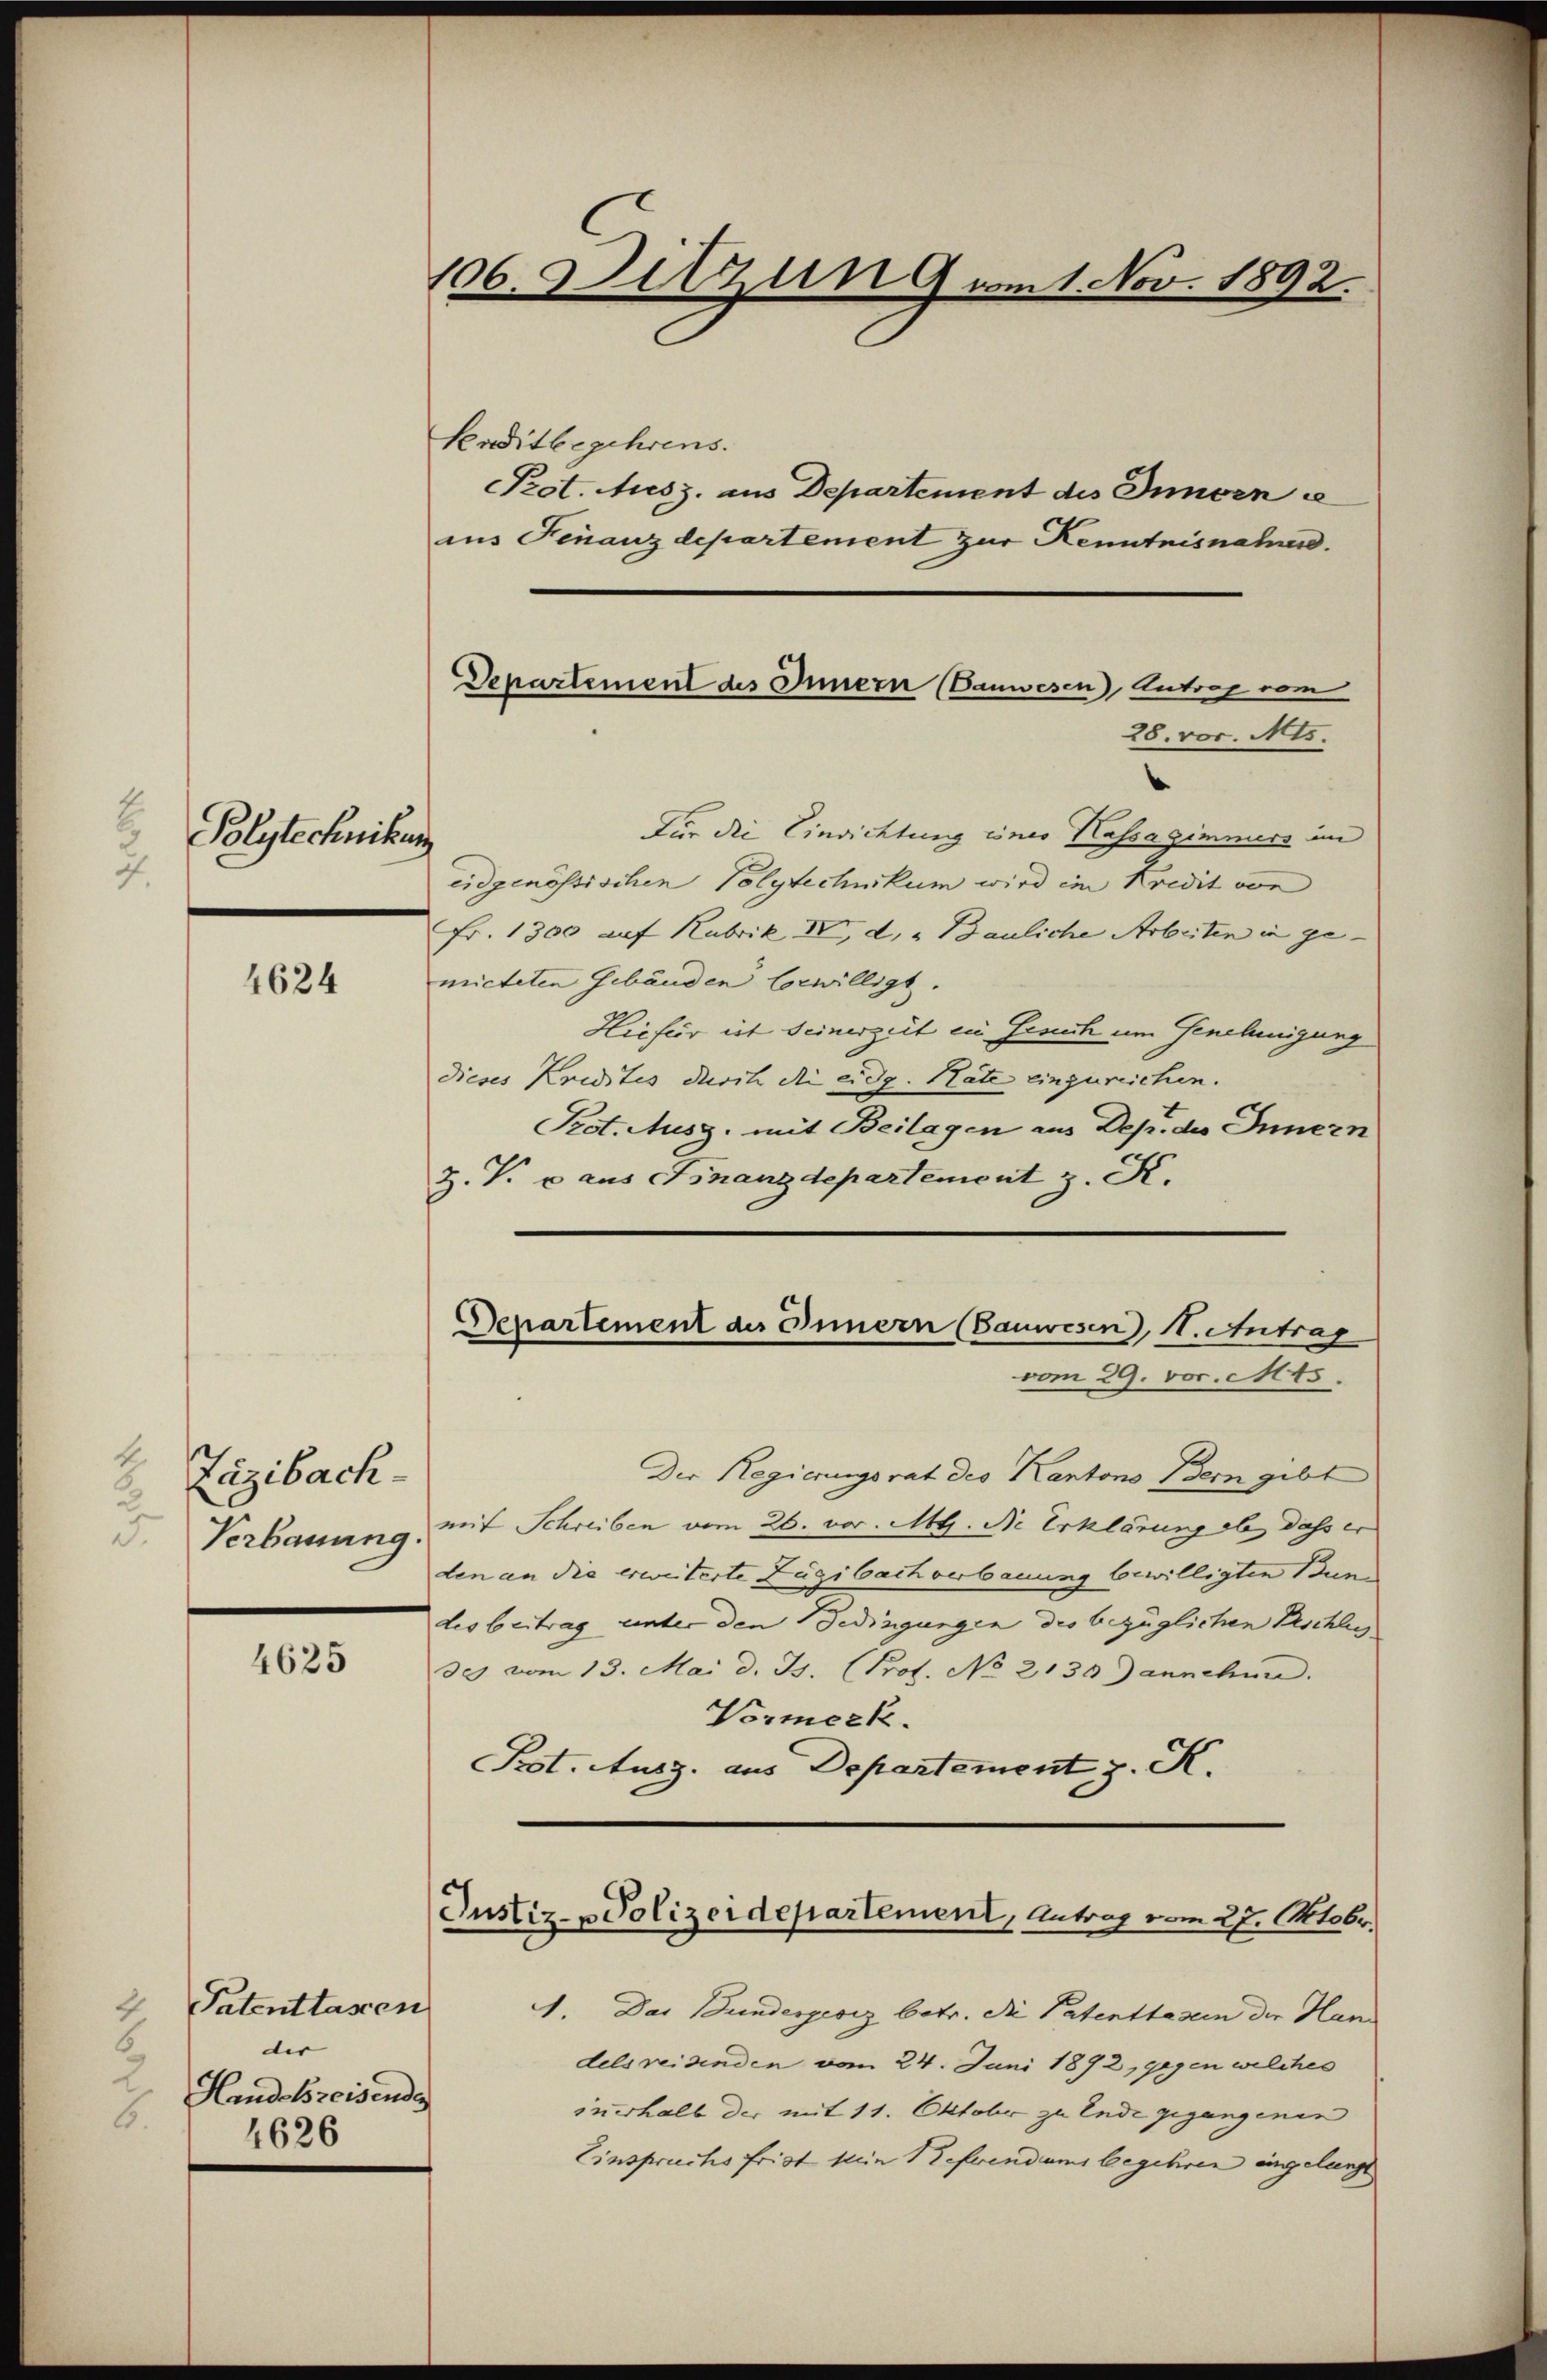
.
Polytechnikung
4.

4624

4.
Läzibach-
2
.
Verbauung

4625

Patentlassen
2.
6
dir
d
Handelsreisende
6.
4626

106. Sitzun 9 am 1. Nov. 1892.

Departement des Innern Bauwesen Antrag vom
28. vor. Mts.

Knditbegehrens.
PProt. Ausz. aus Departement des Innern a
ius Finanzdepartement zur Kenntnisnahen.
e
Für die Einrichtung eines Kassagimmers im
eidgenössischen Polytechnikum wird im Kredit von
Fr. 1300 auf Rubrik II, d. " Bauliche Arbeiten in ge-
micteten Gebäuden bewilligt.
Hiefür ist seinerzeit in Gesuch um Genehmigung
dieses Kredites durch die eidg. Räte einzureichen.
Pot. Ausg. mit Beilagen aus Dep. des Innern
Z. V. c aus Finanzdepartement z. K.
Departement an Innern (Bauwesen, 1. Antrag
vom 29. vor. Mts.
Der Regierungsrat des Kantons Bern gibt
mit Schreiben vom 26. vor. Mt. die Erklärung ab, dass er
den an die erweiterte Zügibach verbauung bewilligten Bun
des beitrag unter den Bedingungen des bezüglichen Beschlic
des vom 13. Mai d. Js. (Prof. No 2130 Jannehme.
Vormerk.
Prot. Ausg. aus Departement z. K.
Justiz-Polizeidepartement, Antrag vom 27. Oktobr.
A. Das Bundesgesez betr. die Patenthasein der Han
delsreisenden vom 24. Juni 1892, gegen welches
iuerhalb der mit 11. Oktober zu Ende gegangenen
Einspruchs frist kein Referendums begehren eingelangt